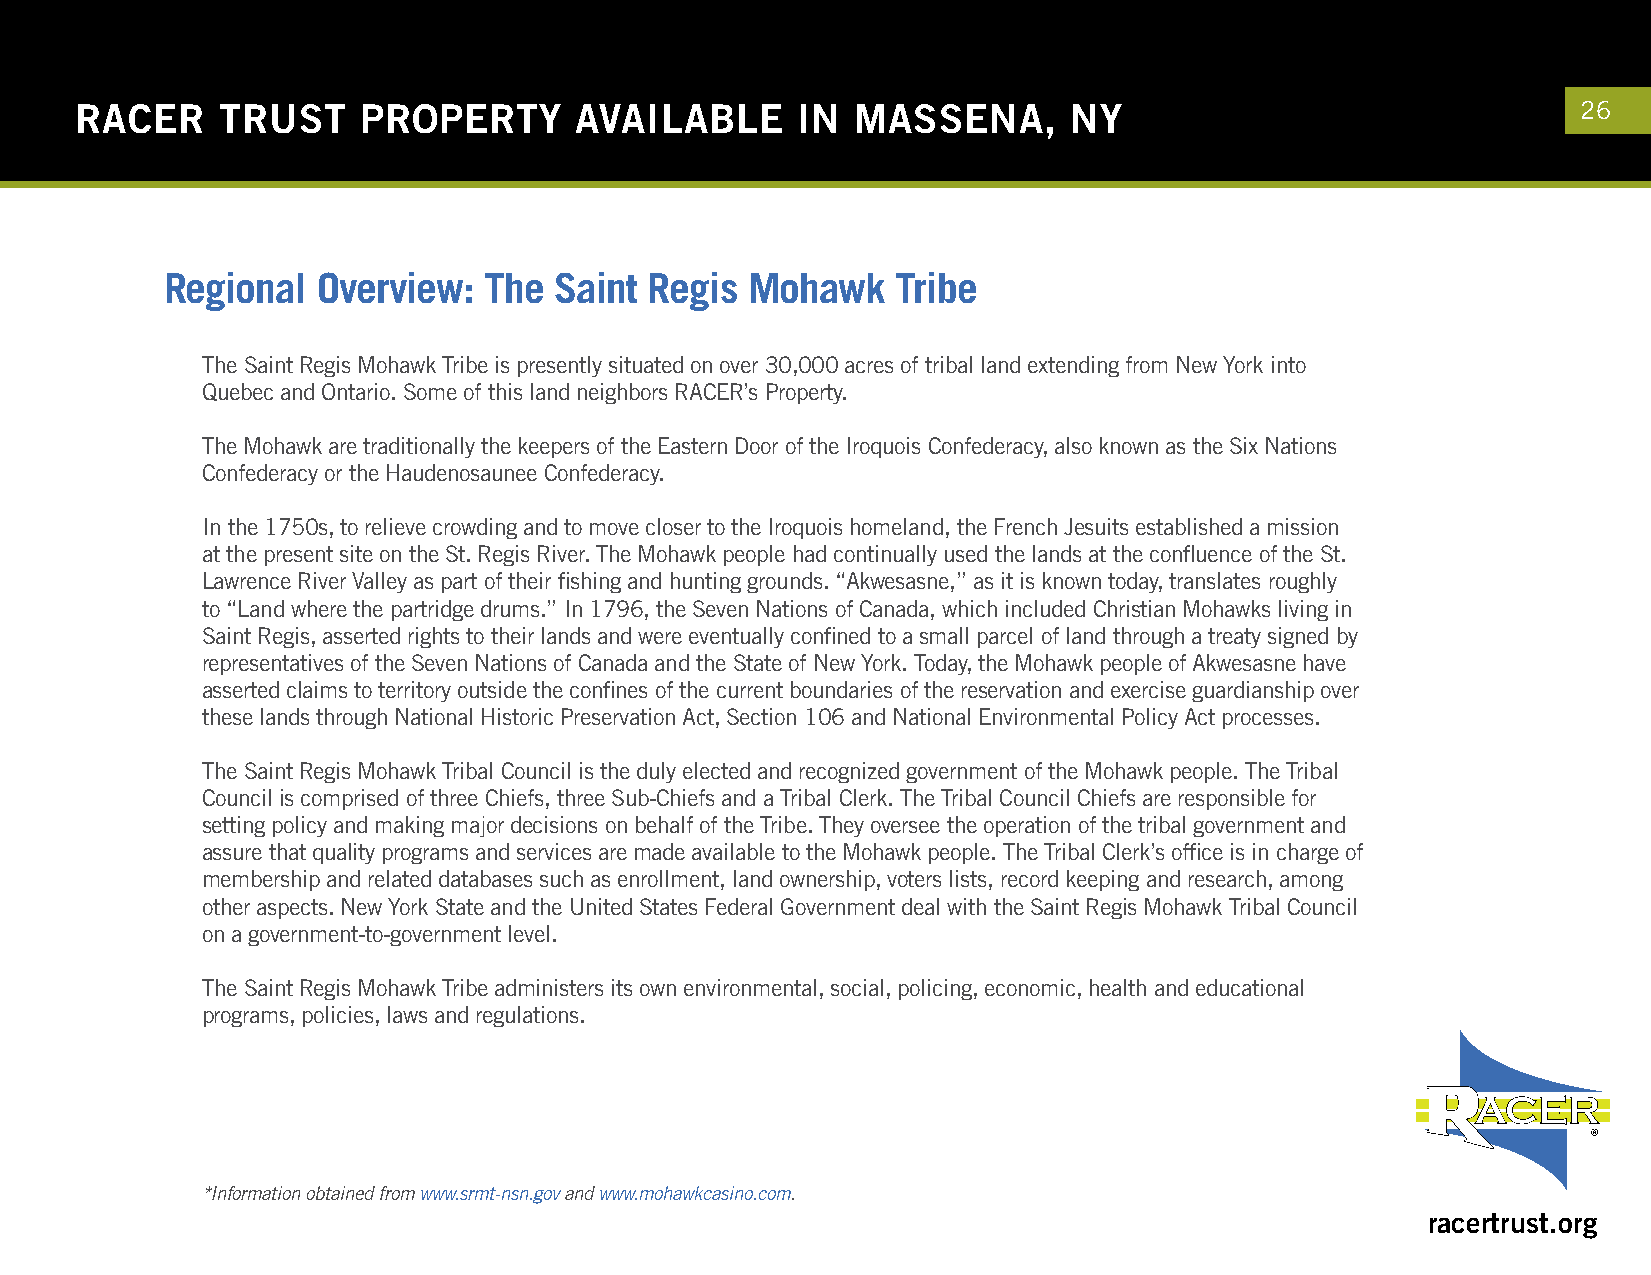
RACER    TRUST     PROPERTY      AVAILABLE      IN  MASSENA,      NY                                26
 Regional  Overview:  The  Saint Regis  Mohawk   Tribe
 The Saint Regis Mohawk Tribe is presently situated on over 30,000 acres of tribal land extending from New York into
 Quebec and Ontario. Some of this land neighbors RACER’s Property.
 The Mohawk are traditionally the keepers of the Eastern Door of the Iroquois Confederacy, also known as the Six Nations
 Confederacy or the Haudenosaunee Confederacy.
 In the 1750s, to relieve crowding and to move closer to the Iroquois homeland, the French Jesuits established a mission
 at the present site on the St. Regis River. The Mohawk people had continually used the lands at the confluence of the St.
 Lawrence River Valley as part of their fishing and hunting grounds. “Akwesasne,” as it is known today, translates roughly
 to “Land where the partridge drums.” In 1796, the Seven Nations of Canada, which included Christian Mohawks living in
 Saint Regis, asserted rights to their lands and were eventually confined to a small parcel of land through a treaty signed by
 representatives of the Seven Nations of Canada and the State of New York. Today, the Mohawk people of Akwesasne have
 asserted claims to territory outside the confines of the current boundaries of the reservation and exercise guardianship over
 these lands through National Historic Preservation Act, Section 106 and National Environmental Policy Act processes.
 The Saint Regis Mohawk Tribal Council is the duly elected and recognized government of the Mohawk people. The Tribal
 Council is comprised of three Chiefs, three Sub-Chiefs and a Tribal Clerk. The Tribal Council Chiefs are responsible for
 setting policy and making major decisions on behalf of the Tribe. They oversee the operation of the tribal government and
 assure that quality programs and services are made available to the Mohawk people. The Tribal Clerk’s office is in charge of
 membership and related databases such as enrollment, land ownership, voters lists, record keeping and research, among
 other aspects. New York State and the United States Federal Government deal with the Saint Regis Mohawk Tribal Council
 on a government-to-government level.
 The Saint Regis Mohawk Tribe administers its own environmental, social, policing, economic, health and educational
 programs, policies, laws and regulations.
 *Information obtained from www.srmt-nsn.gov and www.mohawkcasino.com.
 racertrust.org